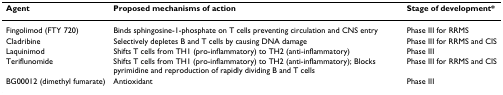
<table><thead><tr><td><b>Agent</b></td><td><b>Proposed mechanisms of action</b></td><td><b>Stage of development*</b></td></tr></thead><tbody><tr><td>Fingolimod (FTY 720)</td><td>Binds sphingosine-1-phosphate on T cells preventing circulation and CNS entry</td><td>Phase III for RRMS</td></tr><tr><td>Cladribine</td><td>Selectively depletes B and T cells by causing DNA damage</td><td>Phase III for RRMS and CIS</td></tr><tr><td>Laquinimod</td><td>Shifts T cells from TH1 (pro-inflammatory) to TH2 (anti-inflammatory)</td><td>Phase III</td></tr><tr><td>Teriflunomide</td><td>Shifts T cells from TH1 (pro-inflammatory) to TH2 (anti-inflammatory); Blocks pyrimidine and reproduction of rapidly dividing B and T cells</td><td>Phase III for RRMS and CIS</td></tr><tr><td>BG00012 (dimethyl fumarate)</td><td>Antioxidant</td><td>Phase III</td></tr></tbody></table>